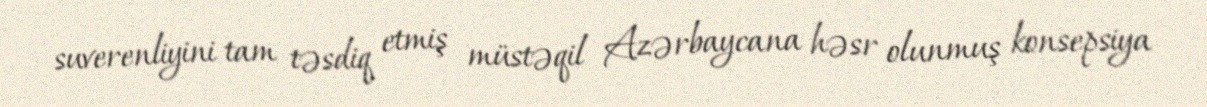
suverenliyini tam təsdiq etmiş müstəqil Azərbaycana həsr olunmuş konsepsiya